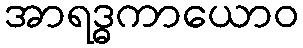
အာရဒ္ဓကာယောဝ